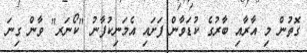
ގޮތުން މި އާރާއި ބާރުގެ ކުޑަވާން ފަށައި އެމަނިކުފާނު "ކޯނަރ" ވާން ގިނަ